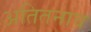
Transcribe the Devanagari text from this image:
अतितनाव